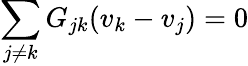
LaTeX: \sum_{j\neq k}G_{jk}(v_{k}-v_{j})=0